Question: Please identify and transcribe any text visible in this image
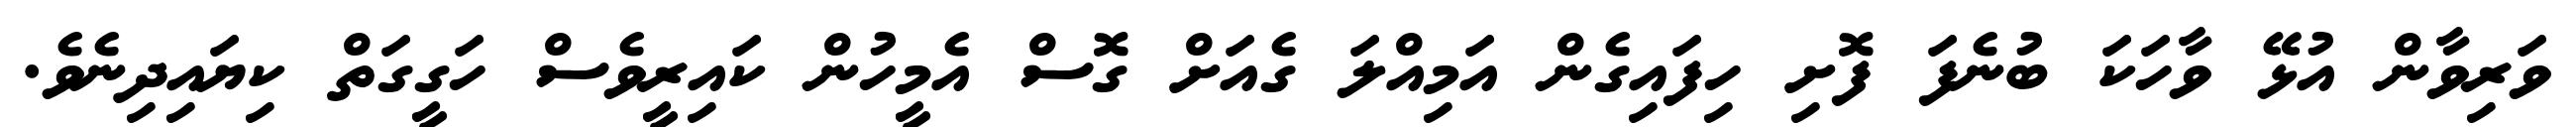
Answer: ވަރިވާން އުޅޭ ވާހަކަ ބުނެފަ ފޮށި ހިފައިގެން އަމިއްލަ ގެއަށް ގޮސް އެމީހުން ކައިރީވެސް ހަގީގަތް ކިޔައިދިނެވެ.